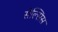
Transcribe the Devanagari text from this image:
सेल्सिस